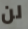
لن